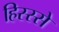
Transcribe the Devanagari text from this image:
हिस्‍स्‍से